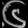
Digit: ၆